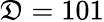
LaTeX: \mathfrak{D}=101